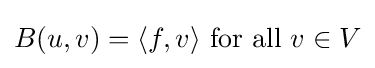
B(u,v)=\langle f,v\rangle {\mbox{ for all }}v\in V